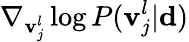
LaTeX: \nabla_{{\mathbf v}_{j}^{l}}\log P({\mathbf v}_{j}^{l}|\mathbf{d})